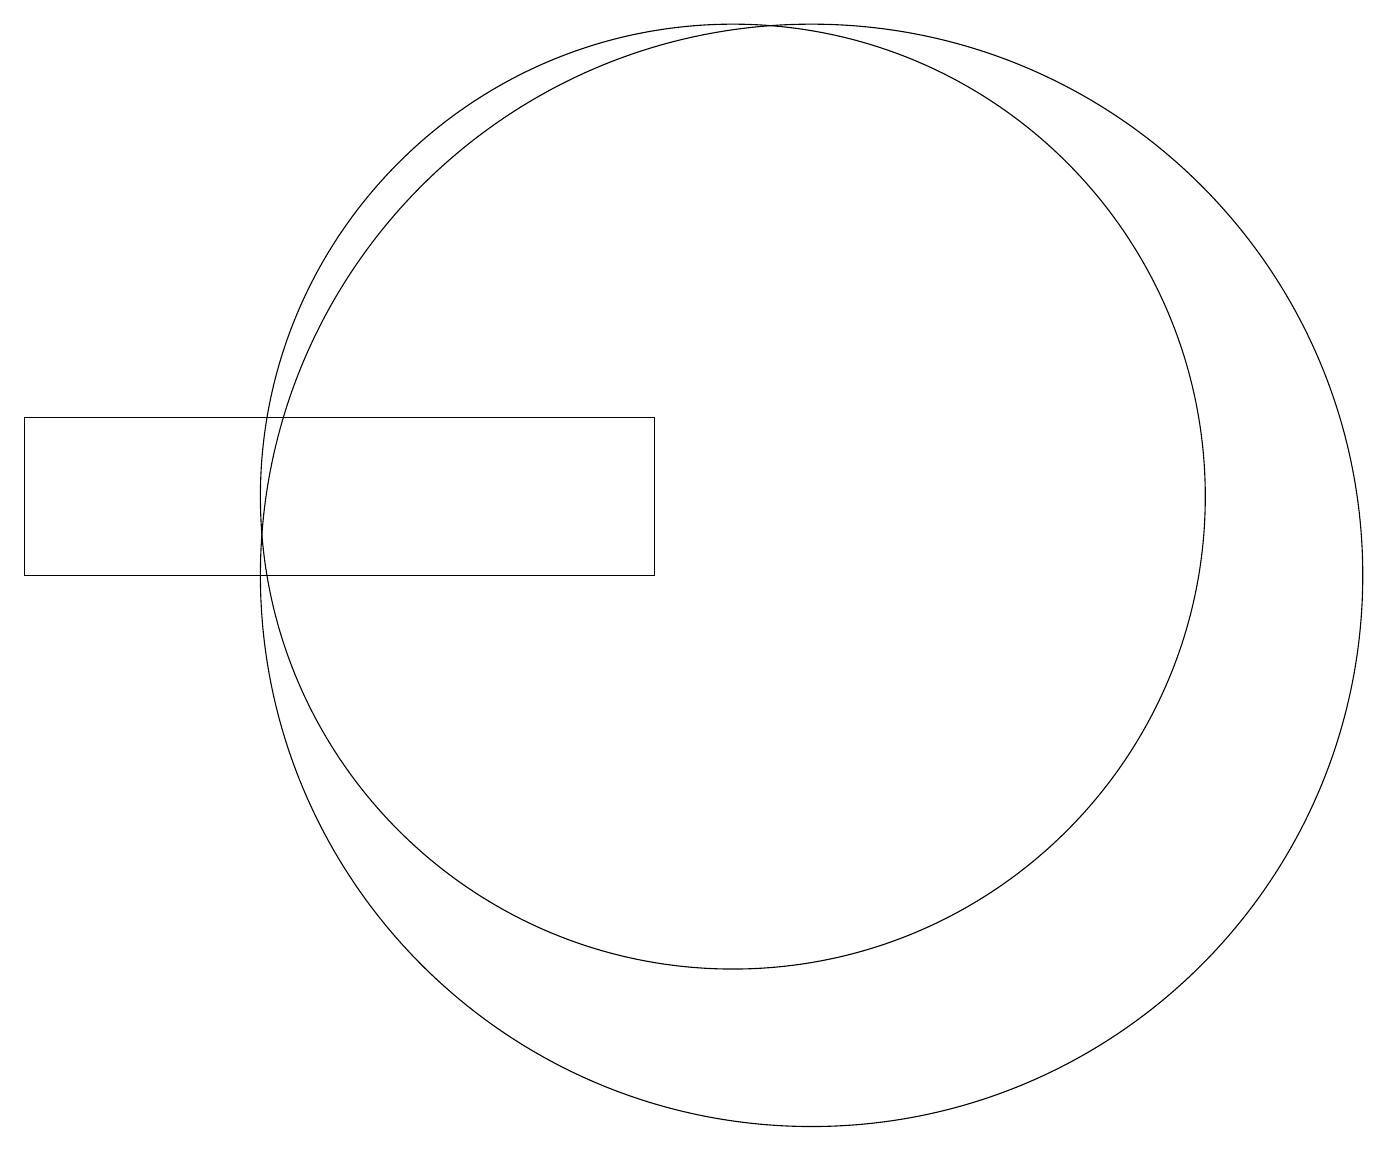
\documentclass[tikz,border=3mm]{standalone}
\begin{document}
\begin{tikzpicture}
\draw (11,10) circle (7);
\draw (10,11) circle (6);
\draw (1,10) rectangle (9,12);
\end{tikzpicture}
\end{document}